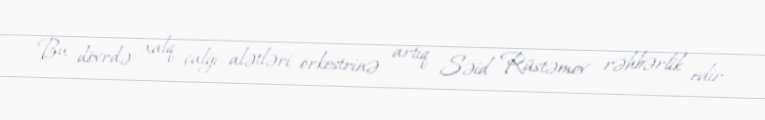
Bu dövrdə xalq çalğı alətləri orkestrinə artıq Səid Rüstəmov rəhbərlik edir,